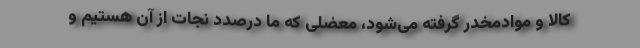
کالا و موادمخدر گرفته می‌شود، معضلی که ما درصدد نجات از آن هستیم و